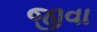
જીવા